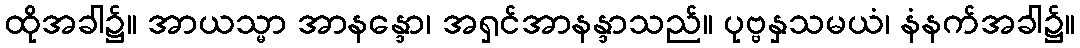
ထိုအခါ၌။ အာယသ္မာ အာနန္ဒော၊ အရှင်အာနန္ဒာသည်။ ပုဗ္ဗနှသမယံ၊ နံနက်အခါ၌။